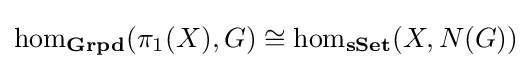
\hom _{\mathbf {Grpd} }(\pi _{1}(X),G)\cong \hom _{\mathbf {sSet} }(X,N(G))